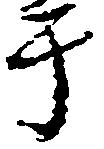
于